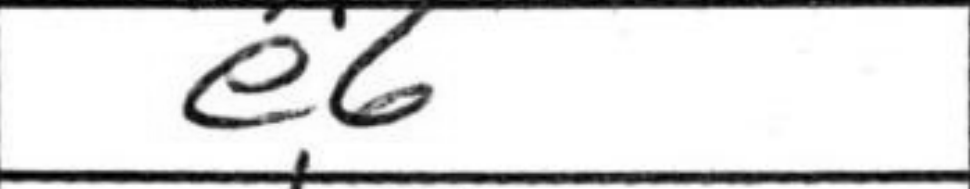
Transcription: e6